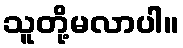
သူတို့မလာပါ။